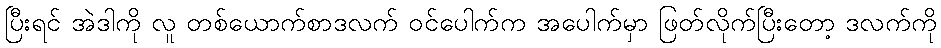
ပြီးရင် အဲဒါကို လူ တစ်ယောက်စာဒလက် ဝင်ပေါက်က အပေါက်မှာ ဖြတ်လိုက်ပြီးတော့ ဒလက်ကို